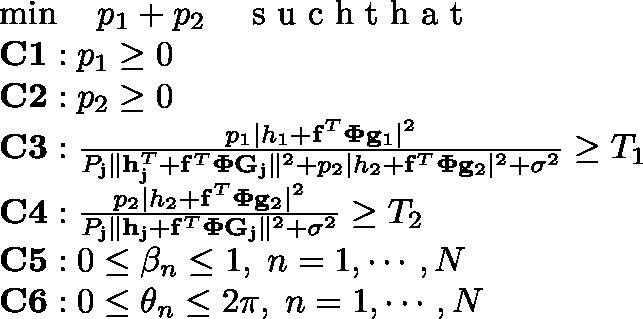
\begin{array} { r l } & { \operatorname* { m i n } \quad p _ { 1 } + p _ { 2 } \quad \textrm { s u c h t h a t } } \\ & { \mathbf { C 1 } : p _ { 1 } \geq 0 } \\ & { \mathbf { C 2 } : p _ { 2 } \geq 0 } \\ & { \mathbf { C 3 } : \frac { p _ { 1 } \mid h _ { 1 } + \mathbf { f } ^ { T } \mathbf { \Phi } \mathbf { g } _ { 1 } \mid ^ { 2 } } { P _ { \mathrm { j } } \| \mathbf { h } _ { \mathrm { j } } ^ { T } + \mathbf { f } ^ { T } \mathbf { \Phi } \mathbf { G } _ { \mathrm { j } } \| ^ { 2 } + p _ { 2 } \mid h _ { 2 } + \mathbf { f } ^ { T } \mathbf { \Phi } \mathbf { g } _ { 2 } \mid ^ { 2 } + \sigma ^ { 2 } } \geq T _ { 1 } } \\ & { \mathbf { C 4 } : \frac { p _ { 2 } \mid h _ { 2 } + \mathbf { f } ^ { T } \mathbf { \Phi } \mathbf { g } _ { 2 } \mid ^ { 2 } } { P _ { \mathrm { j } } \| \mathbf { h } _ { \mathrm { j } } + \mathbf { f } ^ { T } \mathbf { \Phi } \mathbf { G } _ { \mathrm { j } } \| ^ { 2 } + \sigma ^ { 2 } } \geq T _ { 2 } } \\ & { \mathbf { C 5 } : 0 \leq \beta _ { n } \leq 1 , \; n = 1 , \cdots , N } \\ & { \mathbf { C 6 } : 0 \leq \theta _ { n } \leq 2 \pi , \; n = 1 , \cdots , N } \end{array}